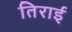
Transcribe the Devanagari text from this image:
तिराई